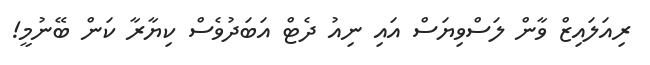
ރިއަލައިޒް ވާން ލަސްވިޔަސް އައި ނިއު ދެޓް އަބަދުވެސް ކިޔާރާ ކަން ބޭނުމީ!